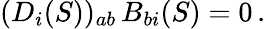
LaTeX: (D_{i}(S))_{ab}\, B_{bi}(S)=0\, .